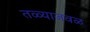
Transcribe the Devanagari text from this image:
तळ्याजवळ